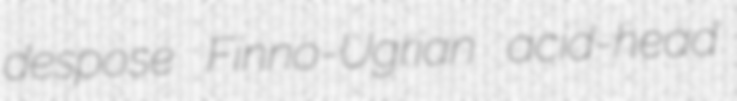
despose Finno-Ugrian acid-head